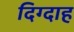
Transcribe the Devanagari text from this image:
दिग्दाह